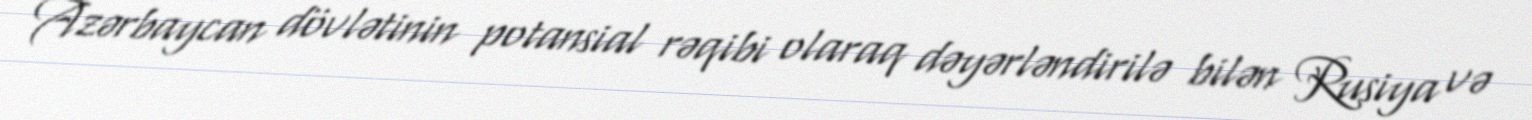
Azərbaycan dövlətinin potansial rəqibi olaraq dəyərləndirilə bilən Rusiya və